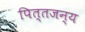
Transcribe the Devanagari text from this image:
पित्‍तजन्‍य